Madras plague regulations and rules for the inspection of inward and outward bound vessels - Volume 1
Disease focus: Plague
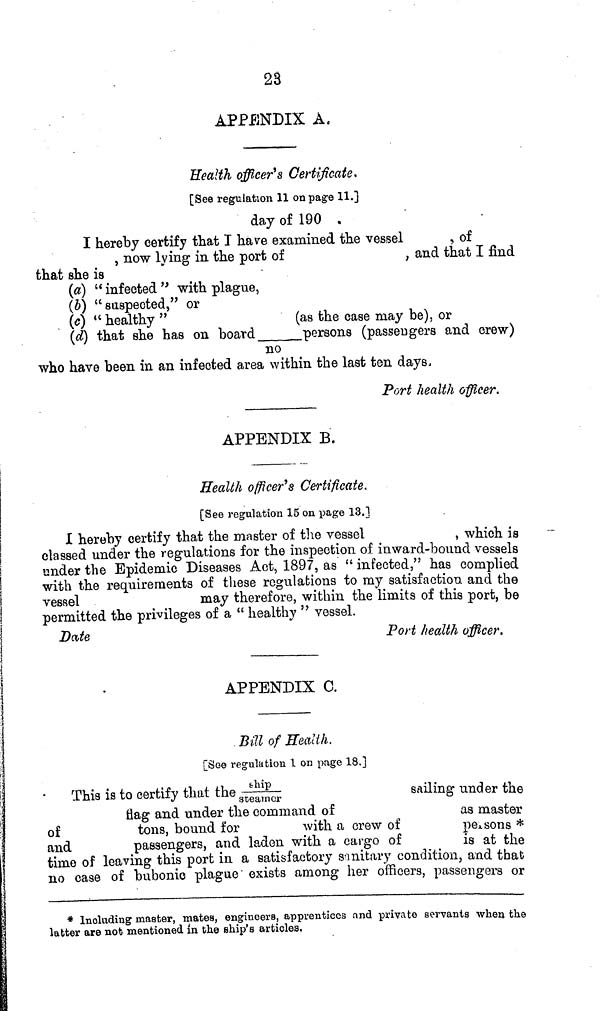
23
APPENDIX A.
Health officer's Certificate.
[See regulation 11 on page 11.]
day of 190 .
I hereby certify that I have examined the vessel
, of
, now lying in the port of
, and that I find
that she is
(a) " infected " with plague,
(b) "suspected," or
(c) " healthy "
(as the case may be), or
(d) that she has on board
persons (passengers and crew)
no
who have been in an infected area within the last ten days,
Port health officer.
APPENDIX B.
Health officer's Certificate.
[See regulation 15 on page 13.]
I hereby certify that the master of the vessel
, which is
classed under the regulations for the inspection of inward-bound vessels
under the Epidemic Diseases Act, 1897, as " infected," has complied
with the requirements of these regulations to my satisfaction and the
vessel
may therefore, within the limits of this port, be
permitted the privileges of a " healthy " vessel.
Date
Port health officer.
APPENDIX C.
Bill of Health.
[See regulation 1 on page 18.]
This is to certify that the
sailing under the
flag and under the command of
as master
of
tons, bound for
with a crew of
persons *
and
passengers, and laden with a cargo of
is at the
time of leaving this port in a satisfactory sanitary condition, and that
no case of bubonic plague" exists among her officers, passengers or
* Including master, mates, engineers, apprentices and private servants when the
latter are not mentioned in the ship's articles.